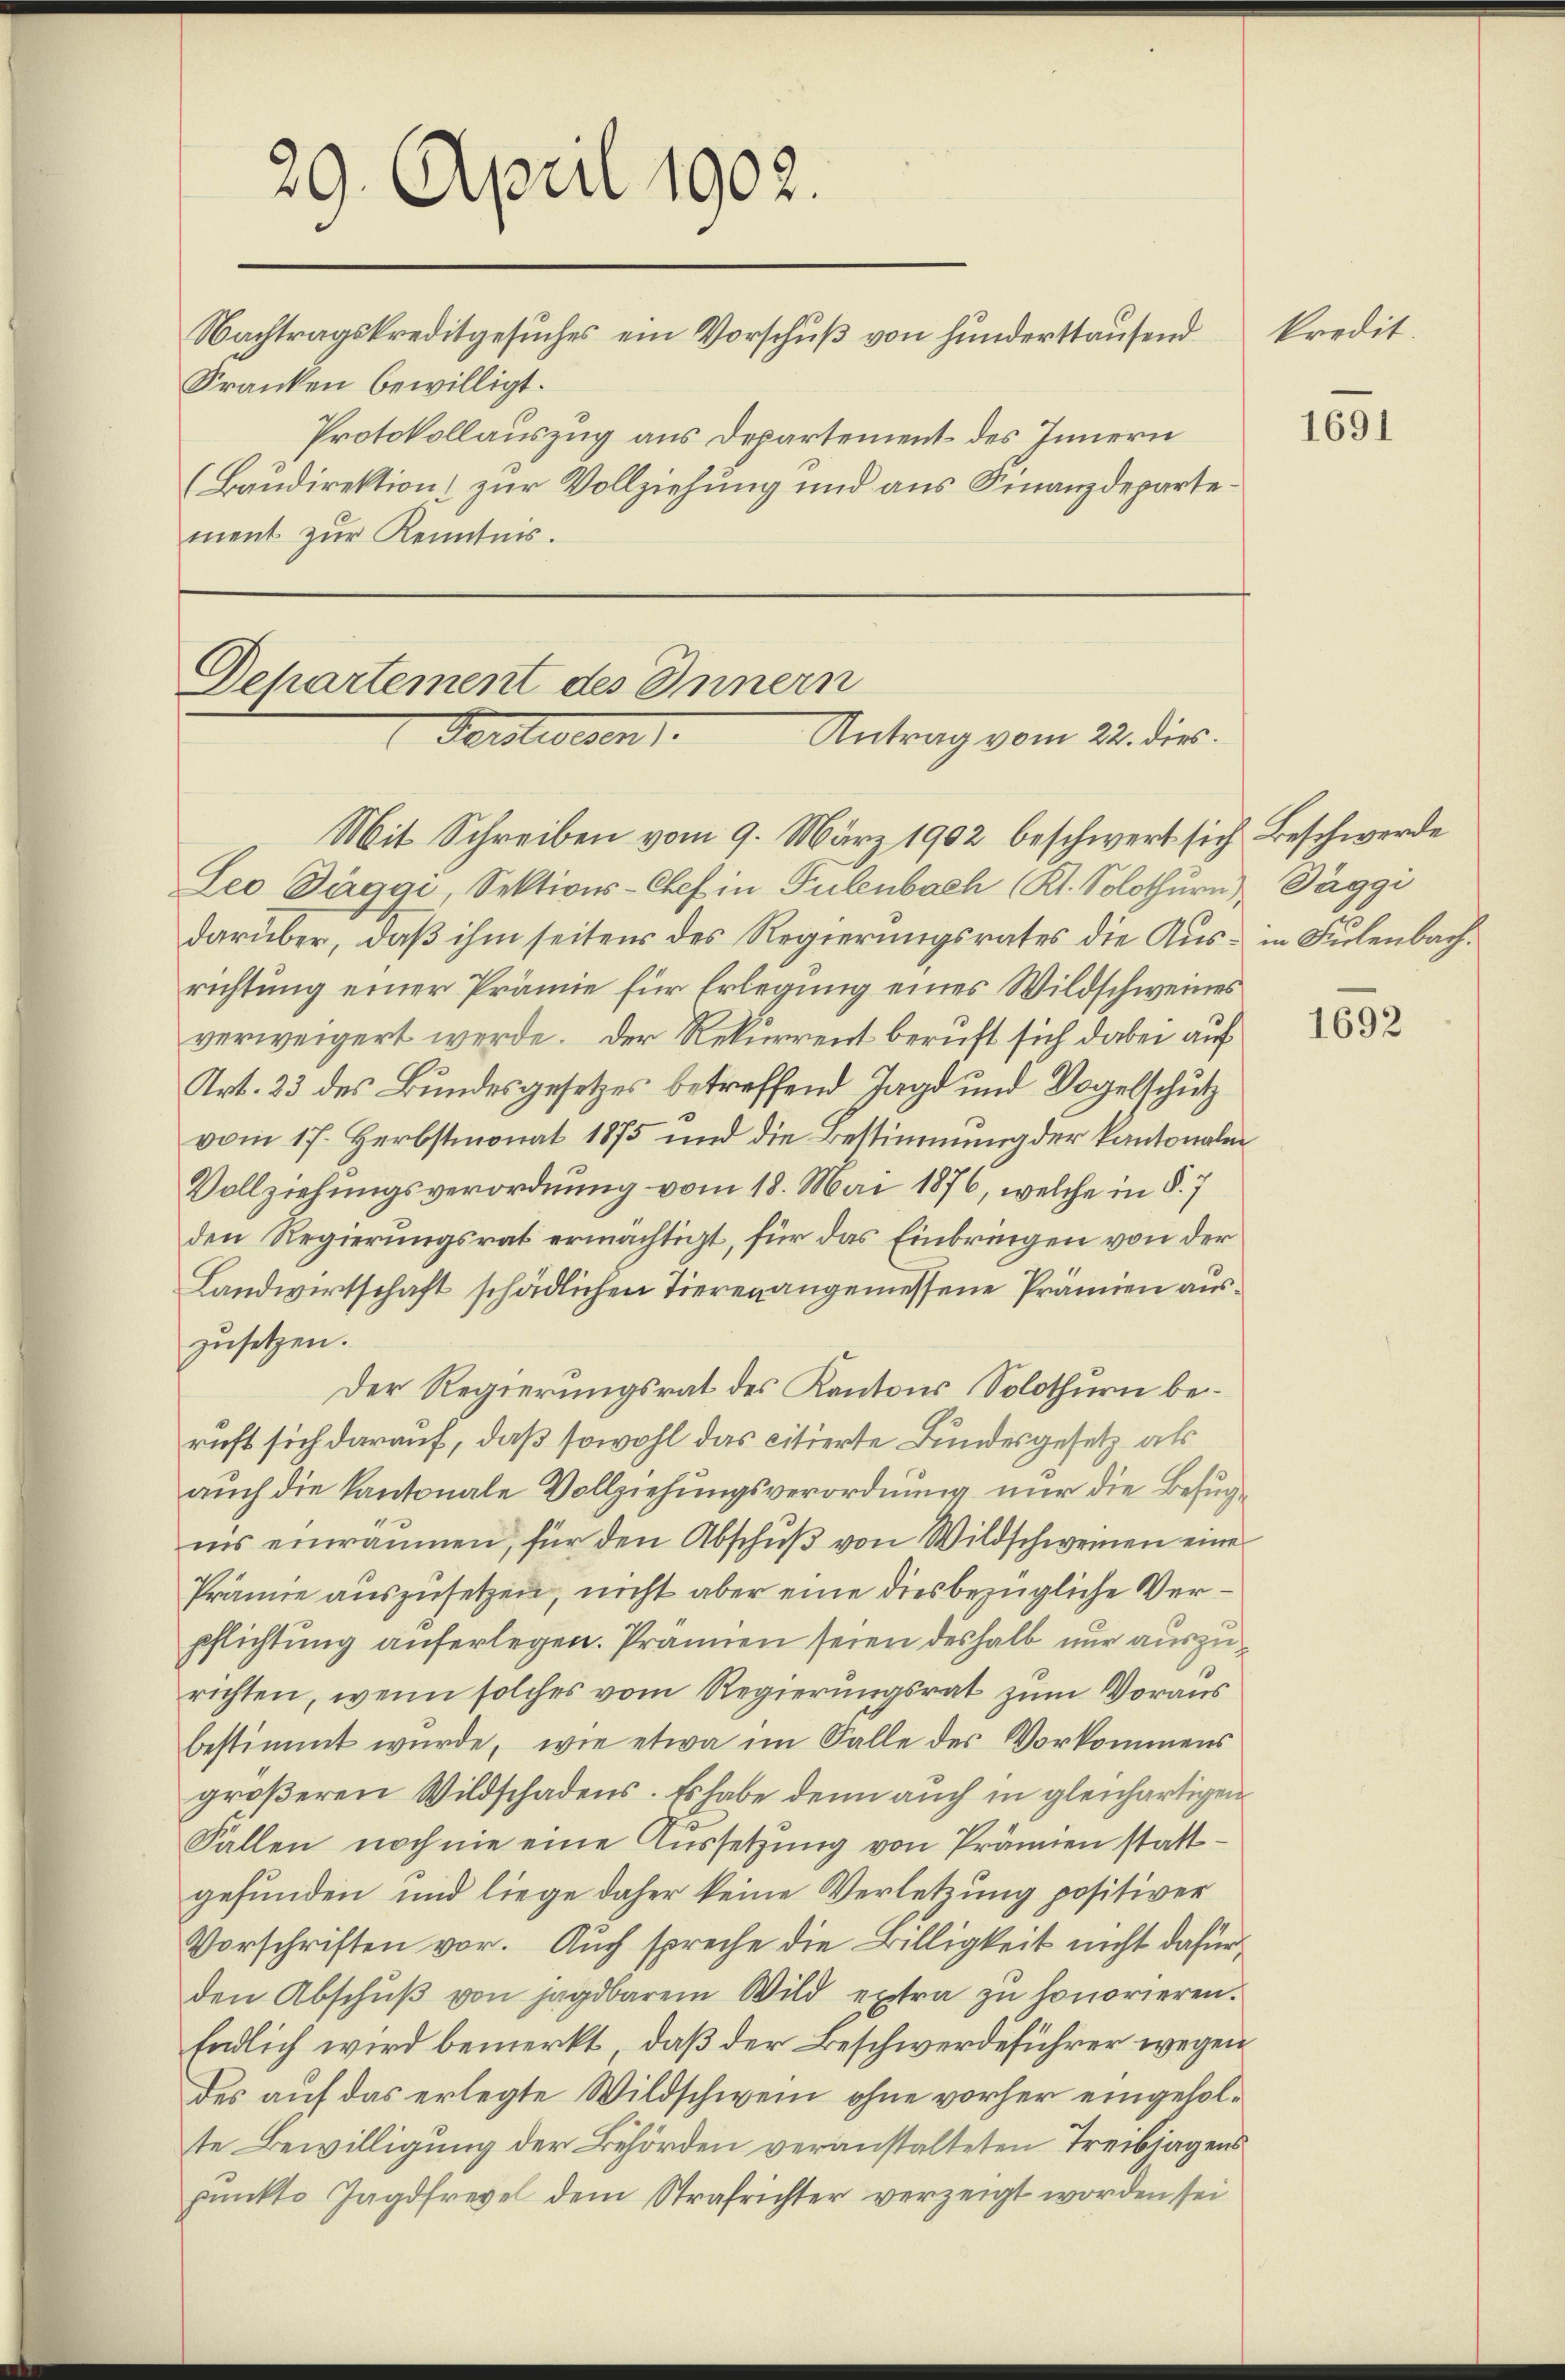
29. April 1902.
Nachtragskreditgesuches ein Vorschuß von Hunderstausend
Kranken bewilligt.
Protokollauszug aus Departement des Innern
(Baudirektion zur Vollziehung und aus Finanzdepartement zur Kenntnis.

Dehartement des Innern
Verstreben.
Antrag vom 22. dies

Mit Schreiben vom 9. März 1902 beschwert sich Beschwerde
Leo Däggi, Sektions-Chef in Tulenbach (Kl. Solothurn), Paggi
darüber, daß ihm seitens des Regierungsrates die Aus- in Fulenbachrichtung einer Prämie für Erlegung eines Wildschweines
verweigert werde. Der Rekurrent beruft sich dabei auf
Art. 23 des Bundesgesetzes betreffend Jagd und Vogelschutz
vom 17. Herbstmonat 1875 und die Bestimmung der Kantonale
Vollziehungsverordnung vom 18. Mai 1876, welche in §. 7
den Regierungsrat ermächtigt, für das Einbringen von der
Landwirtschaft schädlichen Tieren angemessene Prämien auszusetzen.
Der Regierungsrat des Kantons Solothurn beruft sich darauf, daß sowohl das citierte Bundesgesetz als
auch die Kantonale Vollziehungsverordnung nur die Befugnis einräumen, für den Abschŭβ von Wildschweinen eine
Prämie auszusetzen, nicht aber eine diesbezügliche Verpflichtung auferlegen. Prämien seien deshalb nur auszurichten, wenn solches vom Regierŭngsrat zŭm Voraus
bestimmt wŭrde, wie etwa im Falle des Vorkommens
größeren Wildschadens. Es habe denn auch in gleichartigen
Fallen noch nie eine Aussetzung von Prämien stattgefunden und liege daher keine Verletzung positiver
Vorschriften vor. Auch spreche die Billigkeit nicht dafür,
den Abschŭβ von jagdbarem Wild extra zŭ honorieren.
Endlich wird bemerkt, daß der Beschwerdeführer wegen
des auf das erlegte Wildschwein ohne vorher eingeholte Bewilligung der Behörden veranstalteten Treibjagens
pŭnkto Jagdfrevel dem Strafrichter verzeigt worden sei

kredit.

1691

1692